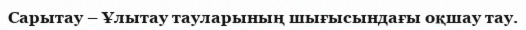
Сарытау – Ұлытау тауларының шығысындағы оқшау тау.